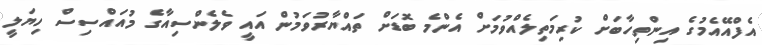
އެފްއޭއެމުގެ އިންތިހާބަށް ކުރިމަތިލެއްވުމަށް އެންމެ ބޮޑަށް ތައްޔާރުވަމުން އައީ ވެލެންސިއާގެ މުއައްސިސް ހިޔަލީ